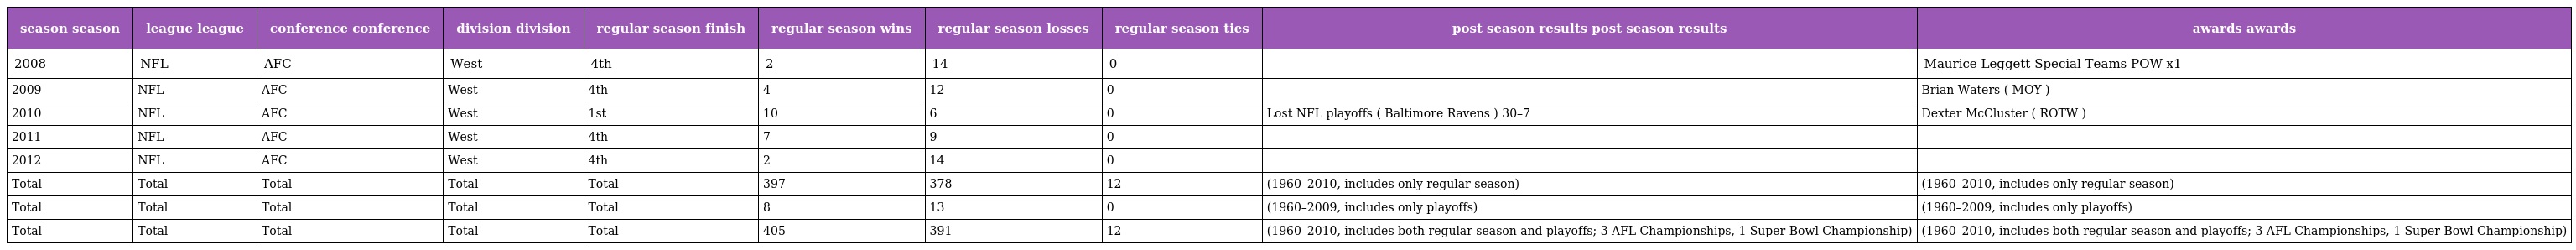
| season season | league league | conference conference | division division | regular season finish | regular season wins | regular season losses | regular season ties | post season results post season results | awards awards |
 | --- | --- | --- | --- | --- | --- | --- | --- | --- | --- |
 | 2008 | NFL | AFC | West | 4th | 2 | 14 | 0 |  | Maurice Leggett Special Teams POW x1 |
 | 2009 | NFL | AFC | West | 4th | 4 | 12 | 0 |  | Brian Waters ( MOY ) |
 | 2010 | NFL | AFC | West | 1st | 10 | 6 | 0 | Lost NFL playoffs ( Baltimore Ravens ) 30–7 | Dexter McCluster ( ROTW ) |
 | 2011 | NFL | AFC | West | 4th | 7 | 9 | 0 |  |  |
 | 2012 | NFL | AFC | West | 4th | 2 | 14 | 0 |  |  |
 | Total | Total | Total | Total | Total | 397 | 378 | 12 | (1960–2010, includes only regular season) | (1960–2010, includes only regular season) |
 | Total | Total | Total | Total | Total | 8 | 13 | 0 | (1960–2009, includes only playoffs) | (1960–2009, includes only playoffs) |
 | Total | Total | Total | Total | Total | 405 | 391 | 12 | (1960–2010, includes both regular season and playoffs; 3 AFL Championships, 1 Super Bowl Championship) | (1960–2010, includes both regular season and playoffs; 3 AFL Championships, 1 Super Bowl Championship) |